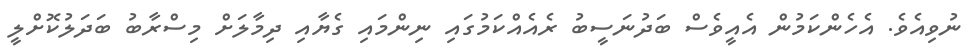
ނުވިއެވެ. އެހެންކަމުން އެއީވެސް ބަދުނަސީބު ރެއެއްކަމުގައި ނިންމައި ގެޔާއި ދިމާލަށް މިސްރާބު ބަދަލުކޮށްލީ